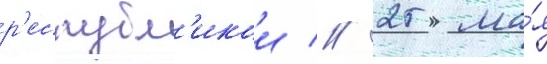
р'еспубл'икои // 25 ма́я